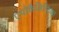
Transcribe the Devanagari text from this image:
एपोकैलिप्टिका